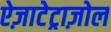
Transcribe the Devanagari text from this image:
ऐज़ाटेट्राज़ोल